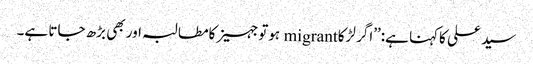
سید علی کاکہنا ہے:’’اگر لڑکا migrant ہوتوجہیزکامطالبہ اور بھی بڑھ جاتا ہے۔